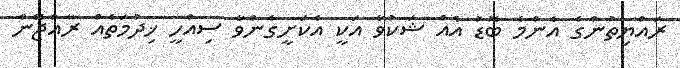
ރައްޔިތުންގެ އެންމެ ބޮޑު އެއް ޝަކުވާ އަކީ އެކަށީގެންވާ ސިއްހީ ޚިދުމަތެއް ރާއްޖޭން